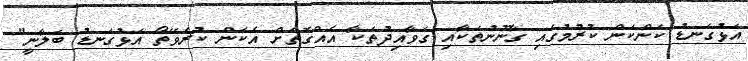
އަޅުގަނޑު ކަންކަން ކުރުމުގައި ގާނޫނުތަކާއި ގަވާއިދުތަކާ އެއްގޮތަށް އެކަން ކުރެވޭތޯ އަޅުގަނޑު ބަލާނީ"